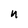
Character: n